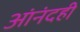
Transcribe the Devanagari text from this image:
आंनंदही